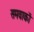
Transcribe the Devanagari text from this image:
समवाकों